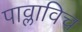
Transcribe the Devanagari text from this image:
पाव्लाविच